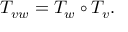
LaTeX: T _ { v w } = T _ { w } \circ T _ { v } .